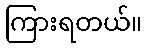
ကြားရတယ်။